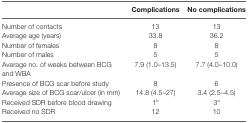
<table><thead><tr><td></td><td><b>Complications</b></td><td><b>No complications</b></td></tr></thead><tbody><tr><td>Number of contacts</td><td>13</td><td>13</td></tr><tr><td>Average age (years)</td><td>33.8</td><td>36.2</td></tr><tr><td>Number of females</td><td>8</td><td>8</td></tr><tr><td>Number of males</td><td>5</td><td>5</td></tr><tr><td>Average no. of weeks between BCG and WBA</td><td>7.9 (1.0–13.5)</td><td>7.7 (4.0–10.0)</td></tr><tr><td>Presence of BCG scar before study</td><td>8</td><td>6</td></tr><tr><td>Average size of BCG scar/ulcer (in mm)</td><td>14.8 (4.5–27)</td><td>3.4 (2.5–4.5)</td></tr><tr><td>Received SDR before blood drawing</td><td>1<sup>b</sup></td><td>3<sup>a</sup></td></tr><tr><td>Received no SDR</td><td>12</td><td>10</td></tr></tbody></table>